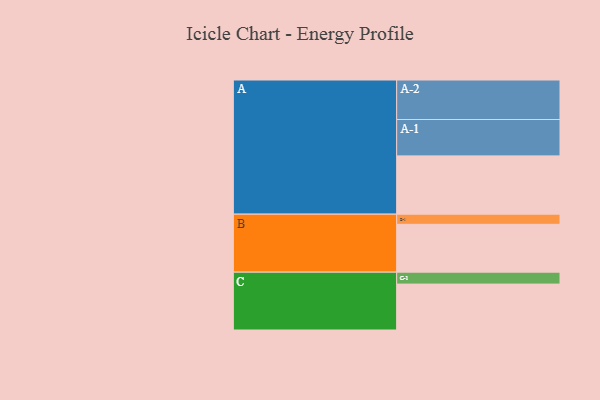
{"axis": {"x": "Segment", "y": "Value"}, "legend": ["", "A", "B", "C"], "data": [{"x": "A", "y": 391, "type": ""}, {"x": "B", "y": 321, "type": ""}, {"x": "C", "y": 308, "type": ""}, {"x": "A-1", "y": 244, "type": "A"}, {"x": "A-2", "y": 265, "type": "A"}, {"x": "B-1", "y": 68, "type": "B"}, {"x": "C-1", "y": 80, "type": "C"}]}